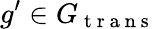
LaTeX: g^{\prime}\in G_{\mathrm{~t~r~a~n~s~}}